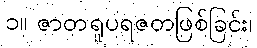
၁။ ဇာတရူပရဇတဖြစ်ခြင်း၊